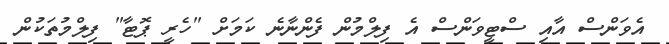
އެވަންސް އާއި ސްޓީވަންސް އެ ފިލްމުން ފެންނާނެ ކަމަށް "ހެރީ ޕޮޓާ" ފިލްމުތަކުން